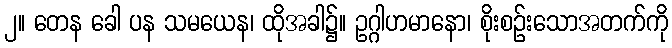
၂။ တေန ခေါ ပန သမယေန၊ ထိုအခါ၌။ ဥဂ္ဂါဟမာနော၊ စိုးစဉ်းသောအတက်ကို